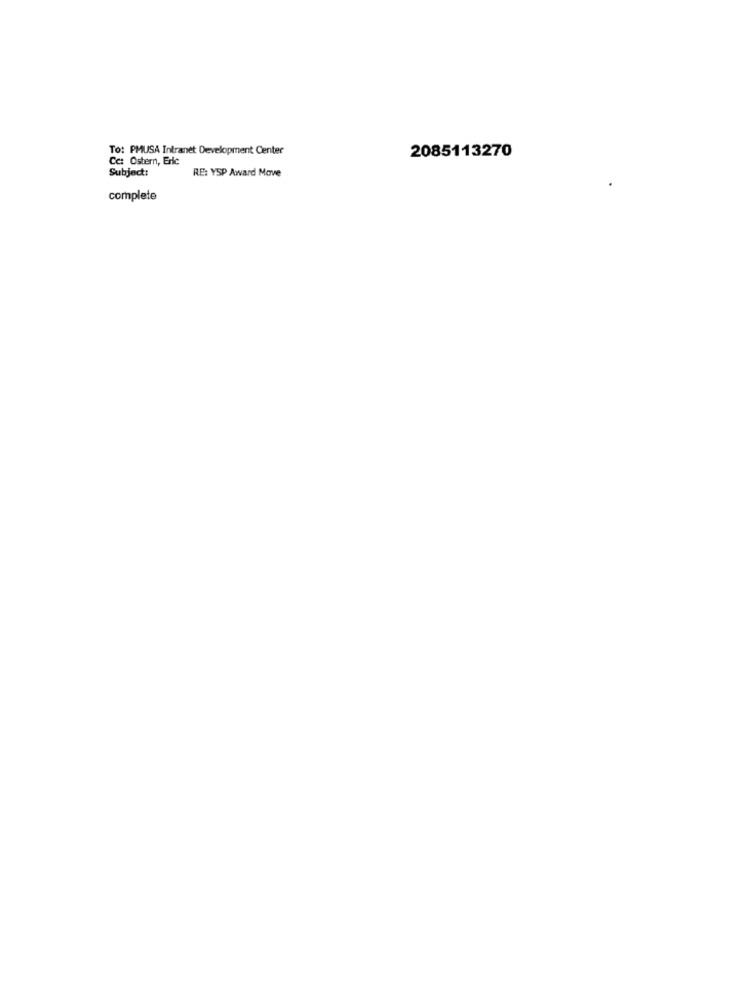
To: PMUSA Intranet Development Center
Cc: Ostern, Eric
2085113270
Subject:
RE: YSP Award Move
complete